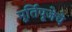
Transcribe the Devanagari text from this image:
मूर्तिपूजेचे